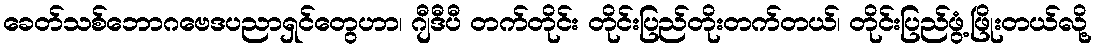
ခေတ်သစ်ဘောဂဗေဒပညာရှင်တွေဟာ၊ ဂျီဒီပီ တက်တိုင်း တိုင်းပြည်တိုးတက်တယ်၊ တိုင်းပြည်ဖွံ့ဖြိုးတယ်လို့